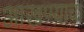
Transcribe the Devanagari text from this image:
आखण्याचा